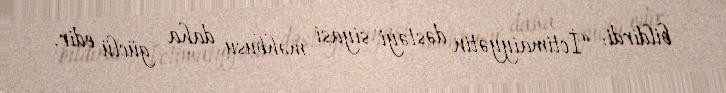
bildirdi: “İctimaiyyətin dəstəyi siyasi məhbusu daha güclü edir.